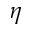
\eta